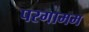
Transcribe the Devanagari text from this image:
परगामम